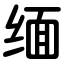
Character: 缅